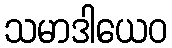
သမာဒါယေဝ